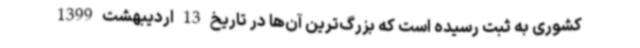
کشوری به ثبت رسیده است که بزرگ‌ترین آن‌ها در تاریخ 13 اردیبهشت 1399